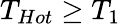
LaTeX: T_{Hot}\geq T_{1}